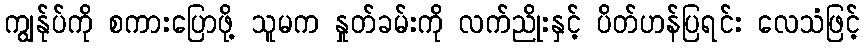
ကျွန်ုပ်ကို စကားပြောဖို့ သူမက နှုတ်ခမ်းကို လက်ညိုးနှင့် ပိတ်ဟန်ပြရင်း လေသံဖြင့်